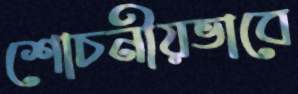
শোচনীয়ভাবে